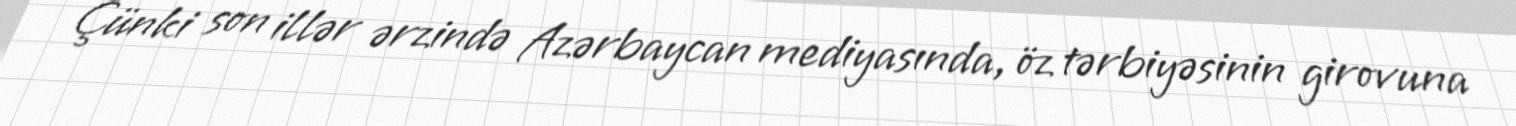
Çünki son illər ərzində Azərbaycan mediyasında, öz tərbiyəsinin girovuna